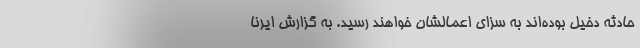
حادثه دخیل بوده‌اند به سزای اعمالشان خواهند رسید. به گزارش ایرنا